Riigikantselei, lk 3
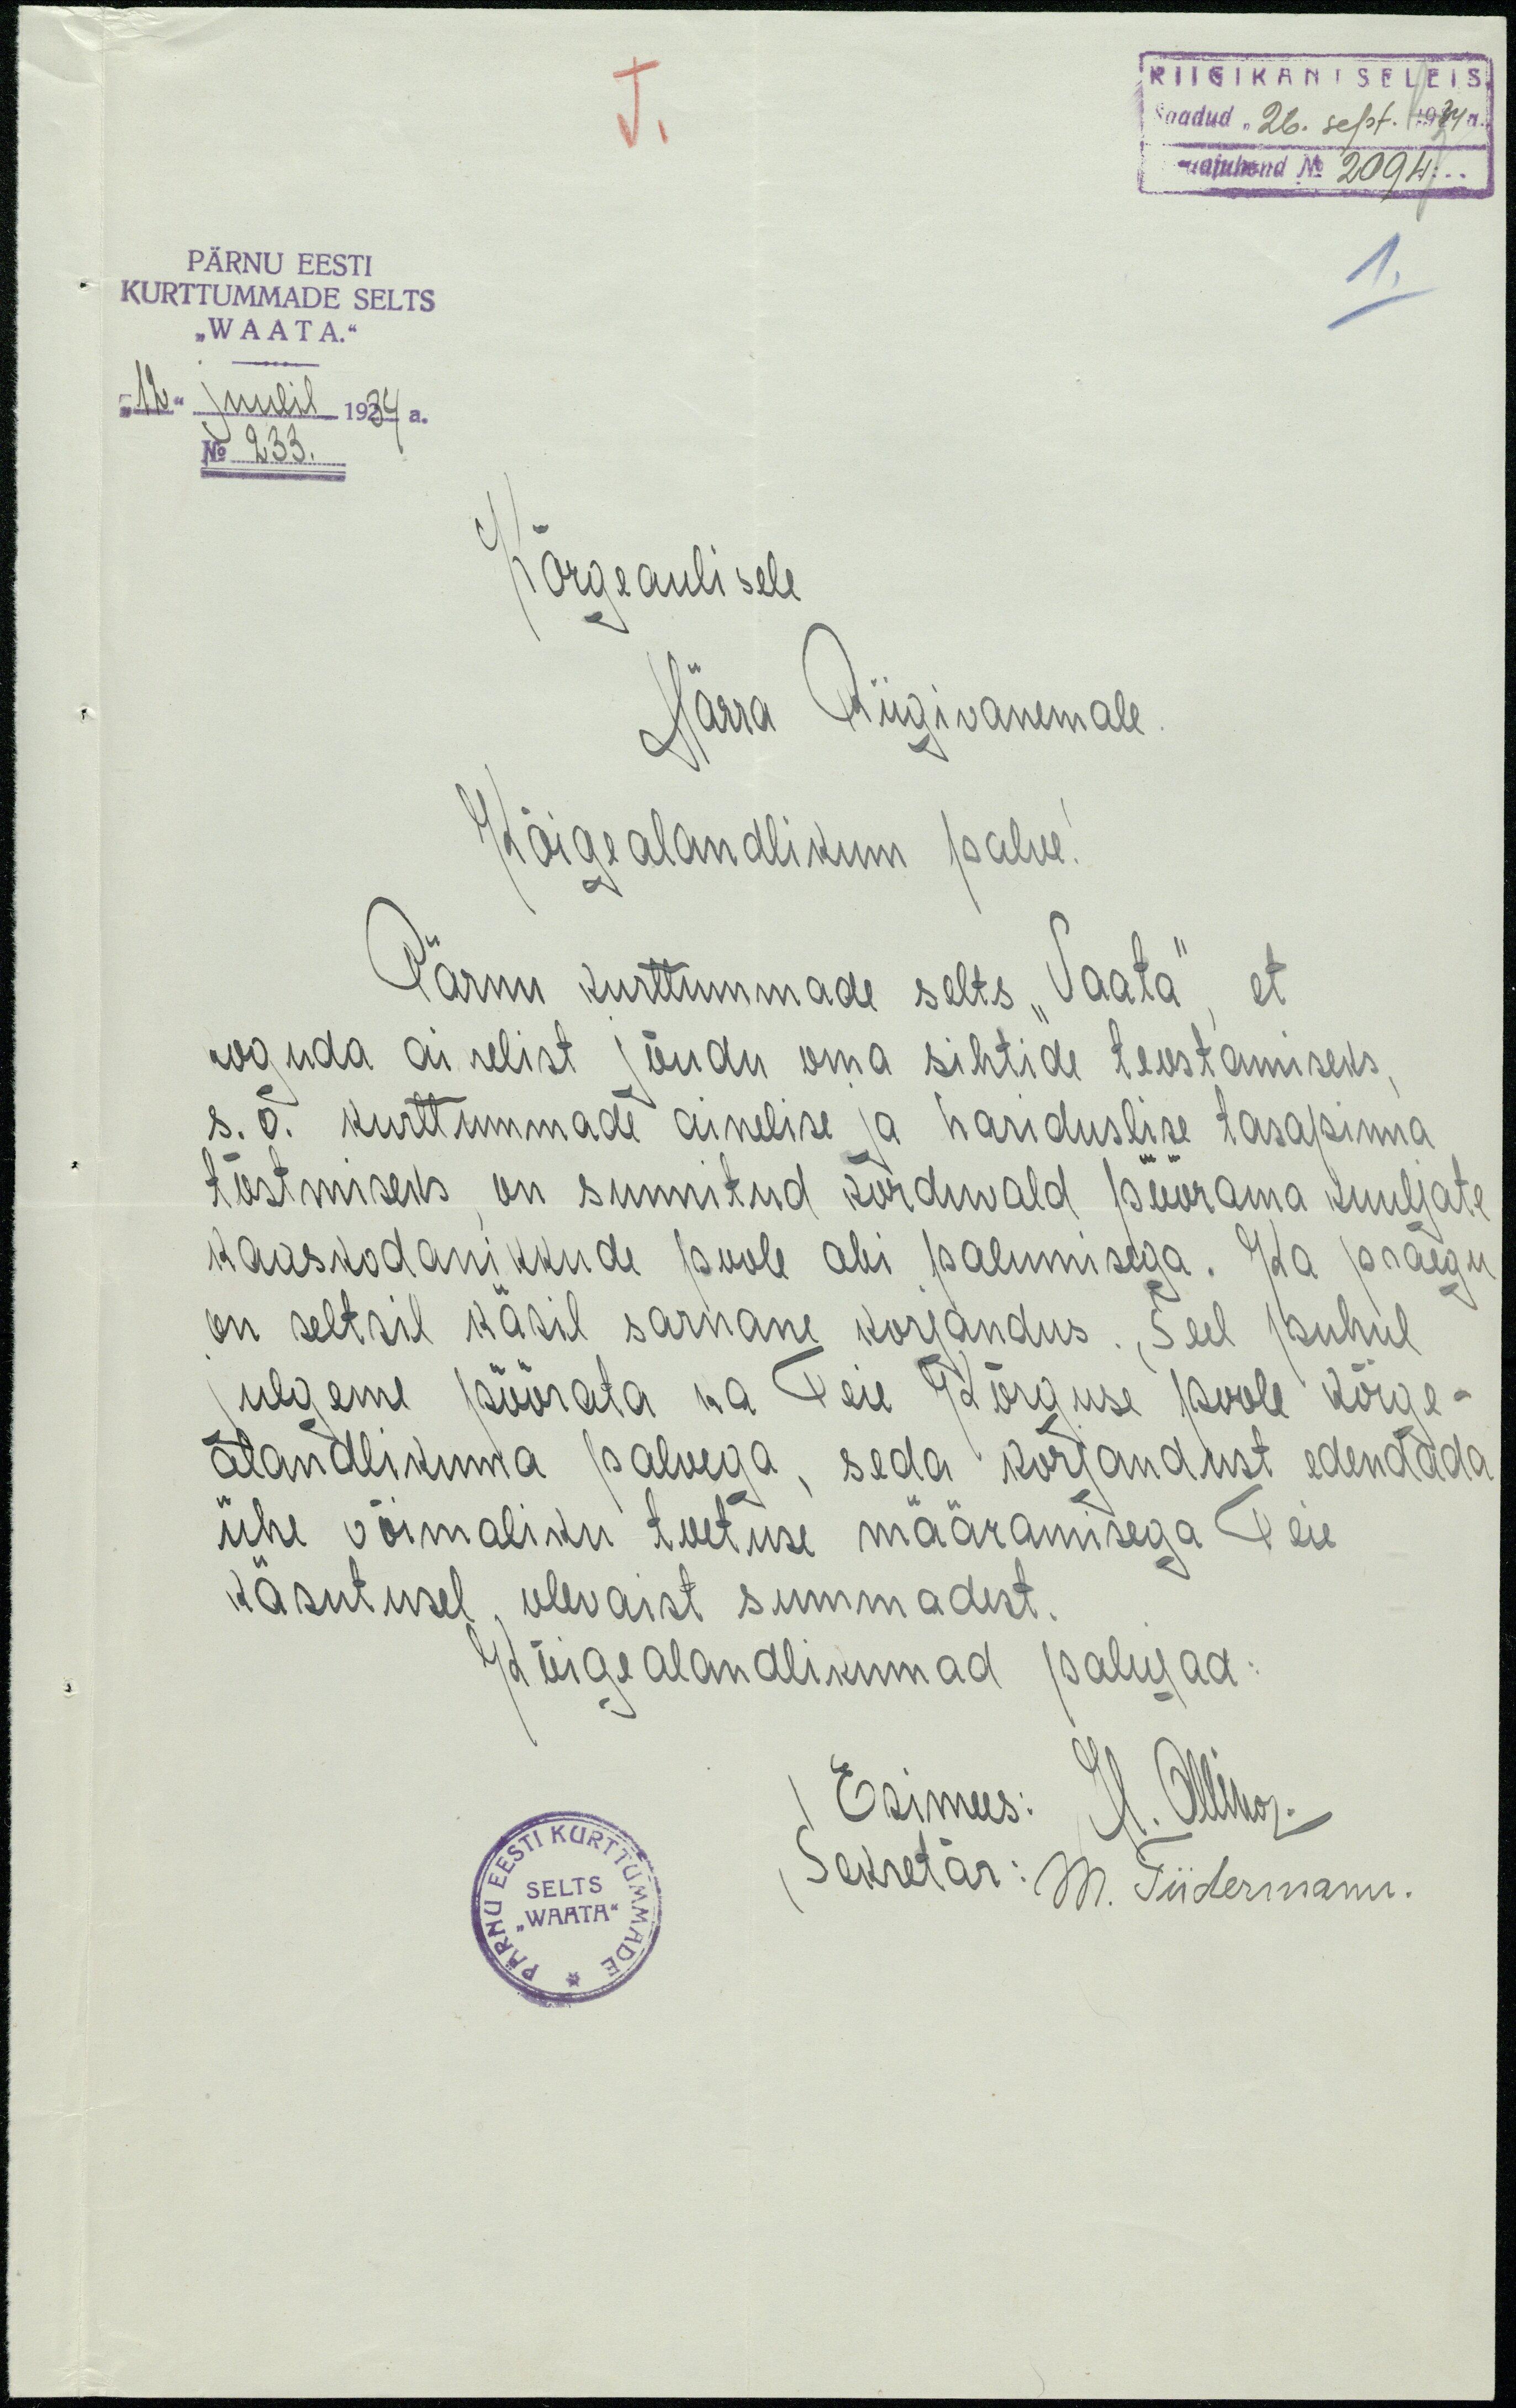
J.
RIIGIKANTSELEIS
Saadud "26" sept. 1934a.
Lauajuhend No 2094...
PÄRNU EESTI
KURTTIMMADE SELTS
1.
"WAATA."
"12" juulil 1934 a.
No. 233.
Kõrgeaulisele
Härra Riigivanemale
Kõigealandlikum palve!
Pärnu kurttummade selts "Vaata", et
koguda ainelist jõudu oma sihtide teostamiseks,
s.o. kurttummade ainelise ja hariduslise tasapinna
tõstmiseks on sunnitud korduvald pöörama kuuljate
kaaskodanikkude poole abi palumisega. Ka praegu
on seltsil käsil sarnane korjandus. Seel kuhul
julgeme pöörata ka Teie Körguse poole kõige-
alandlikuma palvega, seda korjandust edendada.
ühe võimaliku tuetuse määramisega Teie
käsutusel, ulevaist summadest.
Kõigealandlikumad palujad.
Esimees: H. Ollinor.
Sekretär: M. Tiidermann.